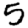
Digit: 5